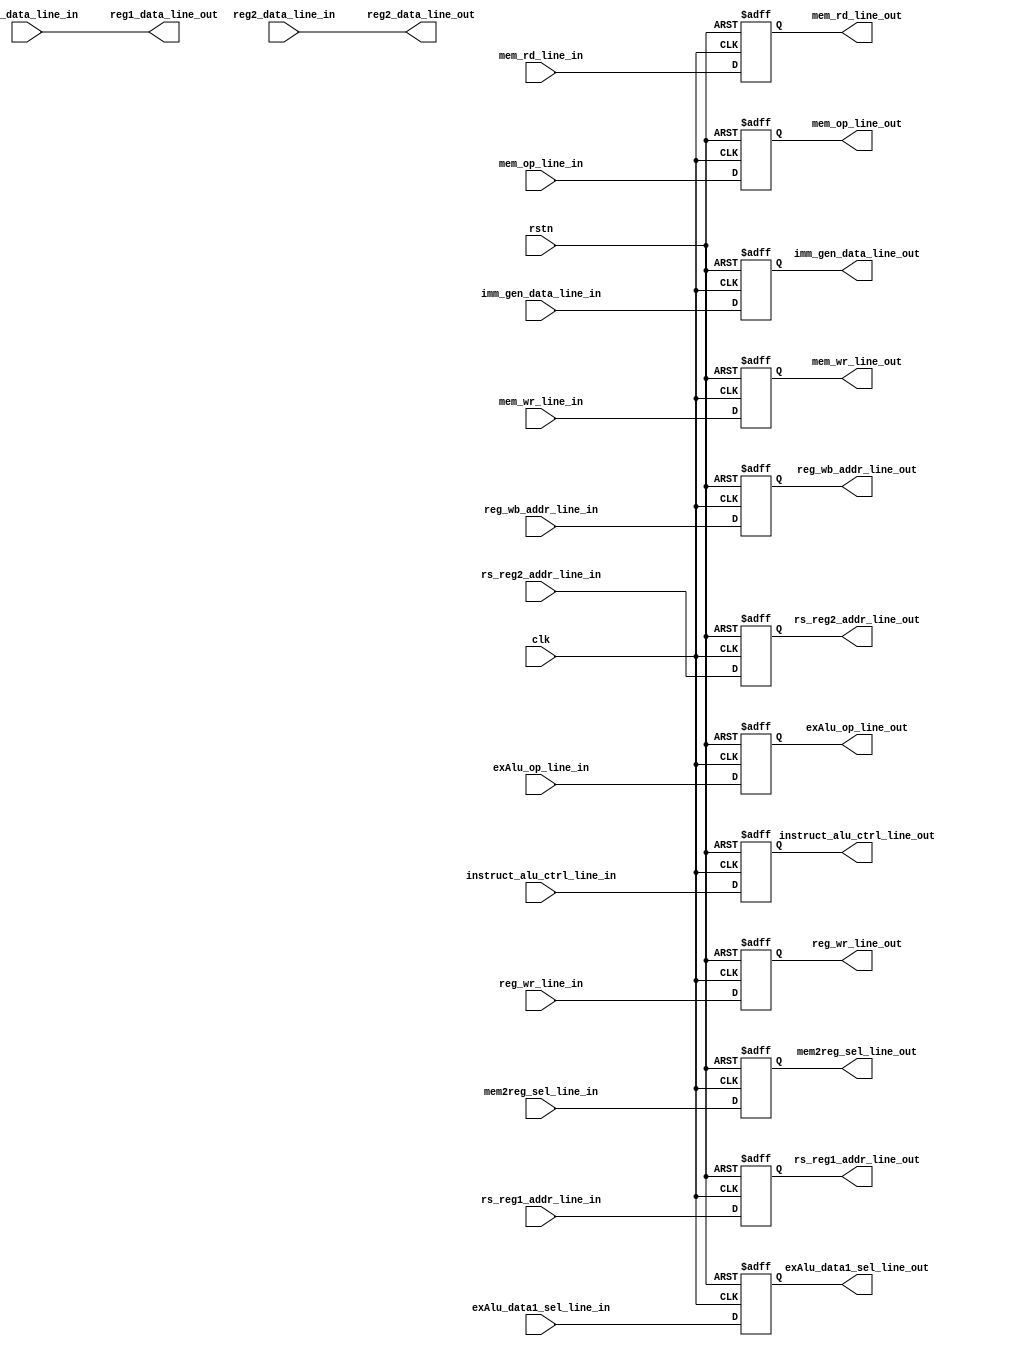
module id_ex(
    //clk & rst
    input               clk                         ,
    input               rstn                        ,
    //data input
    //Control signals
    input               reg_wr_line_in              ,
    input               mem2reg_sel_line_in         ,
    input               mem_wr_line_in              ,
    input               mem_rd_line_in              ,
    input       [2:0]   mem_op_line_in              ,
    input       [1:0]   exAlu_op_line_in            ,
    input               exAlu_data1_sel_line_in     ,
    //PC
    //input       [31:0]  PC_line_in                  ,
    //reg
    input       [31:0]  reg1_data_line_in           ,
    input       [31:0]  reg2_data_line_in           ,
    //Imm gen
    input       [31:0]  imm_gen_data_line_in        ,
    //ALU Control
    input       [3:0]   instruct_alu_ctrl_line_in   ,
    //reg write bank addr

    input       [4:0]   reg_wb_addr_line_in         ,

    input       [4:0]   rs_reg1_addr_line_in        ,
    input       [4:0]   rs_reg2_addr_line_in        ,

    //data output
    //Control signals
    output  reg         reg_wr_line_out             ,
    output  reg         mem2reg_sel_line_out        ,
    output  reg         mem_wr_line_out             ,
    output  reg         mem_rd_line_out             ,
    output  reg [2:0]   mem_op_line_out             ,
    output  reg [1:0]   exAlu_op_line_out           ,
    output  reg         exAlu_data1_sel_line_out    ,
    //PC
    //output  reg [31:0]  PC_line_out                 ,
    //reg
    output      [31:0]  reg1_data_line_out          ,
    output      [31:0]  reg2_data_line_out          ,
    //Imm gen
    output  reg [31:0]  imm_gen_data_line_out       ,
    //ALU Control                              
    output  reg [3:0]   instruct_alu_ctrl_line_out  ,
    //reg write bank addr
    output  reg [4:0]   reg_wb_addr_line_out        ,
    
    output  reg [4:0]   rs_reg1_addr_line_out       ,
    output  reg [4:0]   rs_reg2_addr_line_out
);


//=================================================================================
// Parameter declaration
//=================================================================================





//=================================================================================
// Signal declaration
//=================================================================================




//=================================================================================
// Body
//=================================================================================

always @(posedge clk or negedge rstn) begin
    if(!rstn) begin
        reg_wr_line_out          <= 1'd0;
        mem2reg_sel_line_out     <= 1'd0;
        mem_wr_line_out          <= 1'd0;
        mem_rd_line_out          <= 1'd0;
        mem_op_line_out          <= 3'd0;
        exAlu_op_line_out        <= 2'd0;
        exAlu_data1_sel_line_out <= 1'd0;
    end
    else begin
        reg_wr_line_out         <= reg_wr_line_in         ;
        mem2reg_sel_line_out    <= mem2reg_sel_line_in    ;
        mem_wr_line_out         <= mem_wr_line_in         ;
        mem_rd_line_out         <= mem_rd_line_in         ;
        mem_op_line_out         <= mem_op_line_in         ;
        exAlu_op_line_out       <= exAlu_op_line_in       ;
        exAlu_data1_sel_line_out<= exAlu_data1_sel_line_in;
    end
end

//always @(posedge clk or negedge rstn) begin
//    if(!rstn)
//        PC_line_out <= 32'd0;
//    else
//        PC_line_out<= PC_line_in;
//end

//always @(posedge clk or negedge rstn) begin
//    if(!rstn) begin
//        reg1_data_line_out <= 32'd0;
//        reg2_data_line_out <= 32'd0;
//    end
//    else begin
//        reg1_data_line_out <= reg1_data_line_in;
//        reg2_data_line_out <= reg2_data_line_in;
//    end
//end
assign reg1_data_line_out = reg1_data_line_in;
assign reg2_data_line_out = reg2_data_line_in;


always @(posedge clk or negedge rstn) begin
    if(!rstn)
        imm_gen_data_line_out <= 32'd0;
    else
        imm_gen_data_line_out <= imm_gen_data_line_in;
end

always @(posedge clk or negedge rstn) begin
    if(!rstn)
        instruct_alu_ctrl_line_out <= 4'd0;
    else
        instruct_alu_ctrl_line_out <= instruct_alu_ctrl_line_in;
end

always @(posedge clk or negedge rstn) begin
    if(!rstn)
        reg_wb_addr_line_out <= 5'd0;
    else
        reg_wb_addr_line_out <= reg_wb_addr_line_in;
end

always @(posedge clk or negedge rstn) begin
    if(!rstn) begin
       rs_reg1_addr_line_out <= 5'd0;
       rs_reg2_addr_line_out <= 5'd0;
    end
    else begin
       rs_reg1_addr_line_out <= rs_reg1_addr_line_in;
       rs_reg2_addr_line_out <= rs_reg2_addr_line_in;
    end
end
endmodule